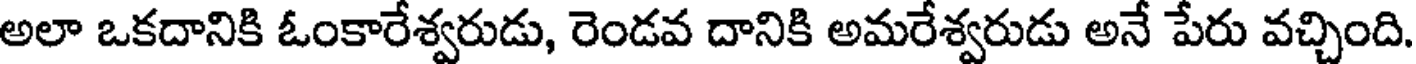
అలా ఒకదానికి ఓంకారేశ్వరుడు, రెండవ దానికి అమరేశ్వరుడు అనే పేరు వచ్చింది